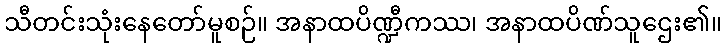
သီတင်းသုံးနေတော်မူစဉ်။ အနာထပိဏ္ဍီကဿ၊ အနာထပိဏ်သူဌေး၏။